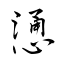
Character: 慂